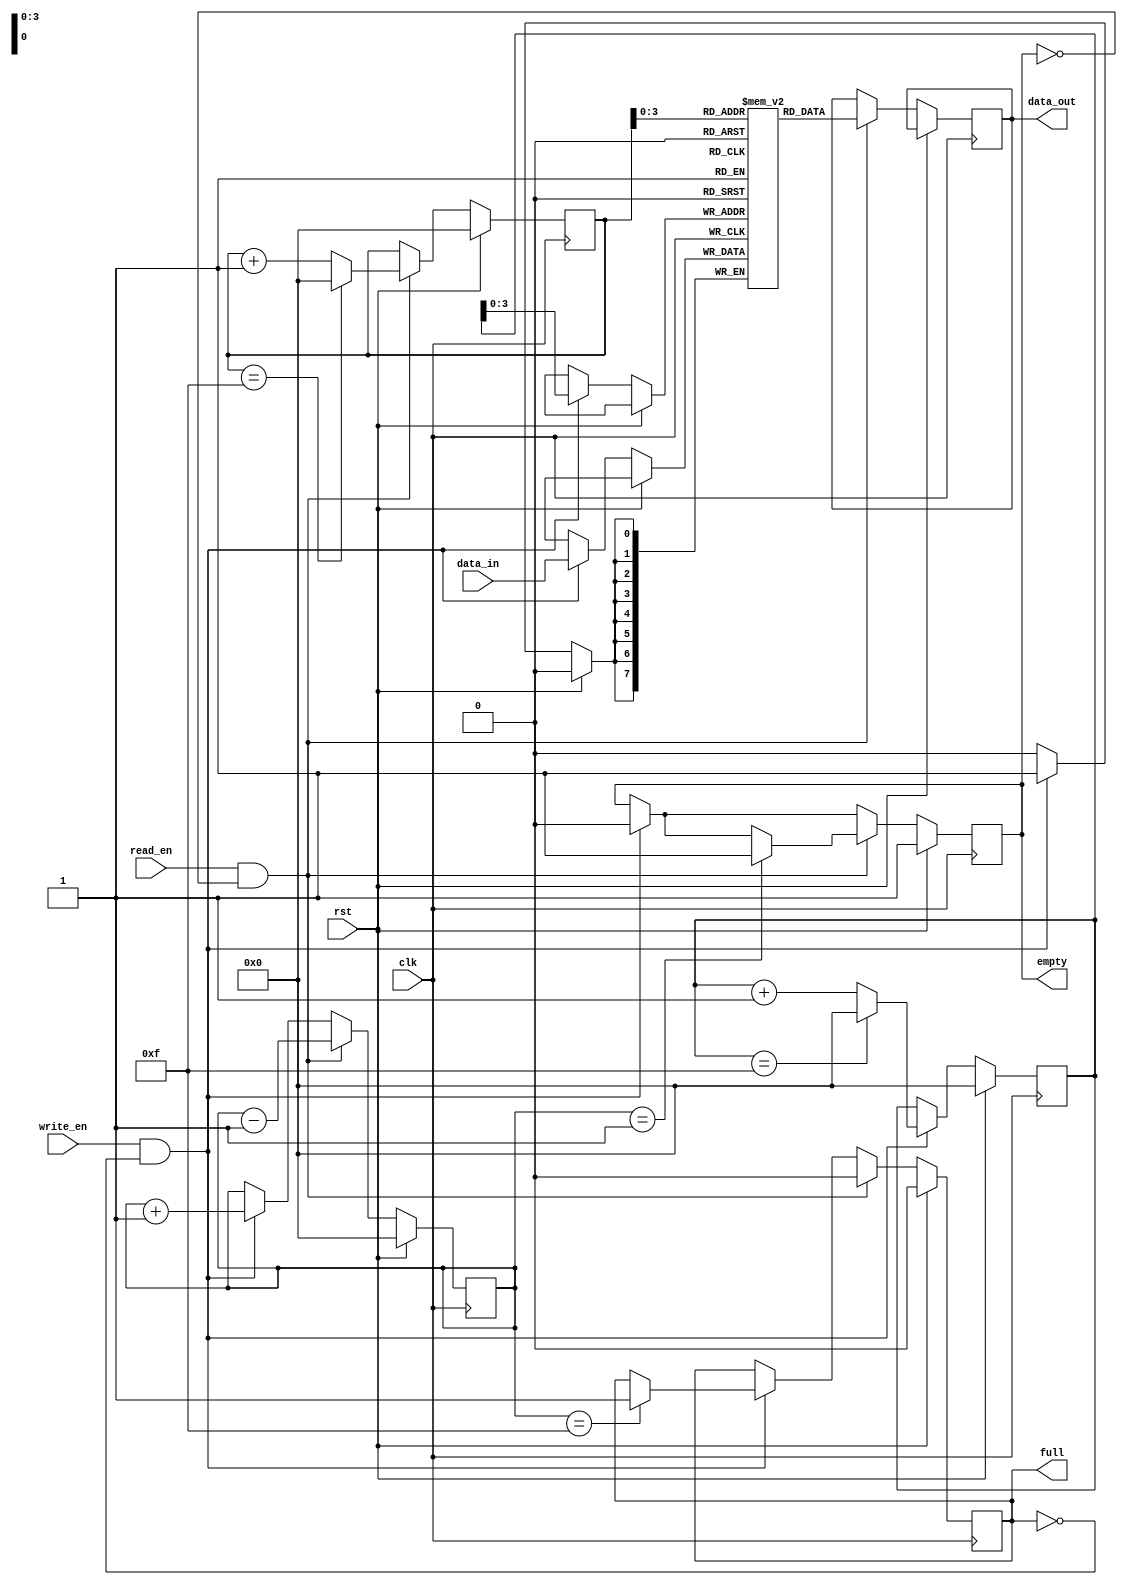
module fifo #(parameter WIDTH = 8, DEPTH = 16)(
    input wire clk,
    input wire rst,
    input wire write_en,
    input wire read_en,
    input wire [WIDTH-1:0] data_in,
    output reg [WIDTH-1:0] data_out,
    output reg full,
    output reg empty
);

reg [WIDTH-1:0] mem [0:DEPTH-1];
reg [DEPTH-1:0] head, tail;
reg [DEPTH-1:0] count;

always @(posedge clk) begin
    if (rst) begin
        head <= 0;
        tail <= 0;
        count <= 0;
        full <= 0;
        empty <= 1;
    end else begin
        if (write_en && ~full) begin
            mem[tail] <= data_in;
            tail <= tail + 1;
            count <= count + 1;
            empty <= 0;
            if (tail == DEPTH - 1) tail <= 0;
            if (count == DEPTH - 1) full <= 1;
        end
        
        if (read_en && ~empty) begin
            data_out <= mem[head];
            head <= head + 1;
            count <= count - 1;
            full <= 0;
            if (head == DEPTH - 1) head <= 0;
            if (count == 1) empty <= 1;
        end
    end
end

endmodule